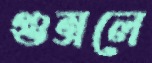
গুম্‌রলে